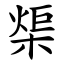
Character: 㮡